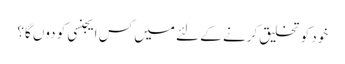
خود کو تخلیق کرنے کے لئے میں کس ایجنسی کو دوں گا؟